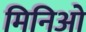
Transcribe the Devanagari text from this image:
मिनिओ